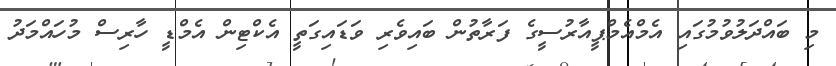
މި ބައްދަލުވުމުގައި އެމްއެމްޕީއާރުސީގެ ފަރާތުން ބައިވެރި ވަޑައިގަތީ އެކްޓިން އެމްޑީ ހާރިސް މުހައްމަދު